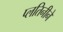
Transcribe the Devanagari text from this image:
प्लतिनीने